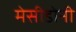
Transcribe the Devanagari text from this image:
मेसीडोनी